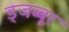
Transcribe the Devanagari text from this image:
ड्जब्बूर